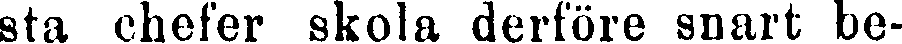
sta chefer skola derföre snart be-